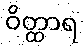
ဝိတ္ထာရ